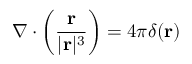
\nabla \cdot \left( { \frac { \mathbf { r } } { | \mathbf { r } | ^ { 3 } } } \right) = 4 \pi \delta ( \mathbf { r } )